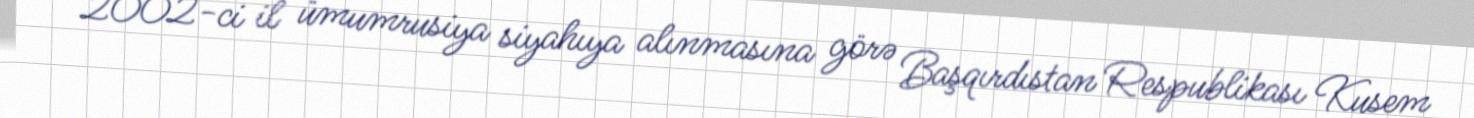
2002-ci il ümumrusiya siyahıya alınmasına görə Başqırdıstan Respublikası Kusem